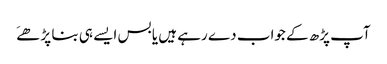
آپ پڑھ کے جواب دے رہے ہیں یا بس ایسے ہی بنا پڑھےَ